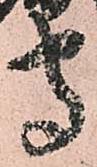
守